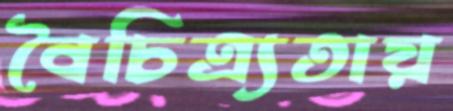
বৈচিত্র্যতায়